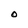
Character: O